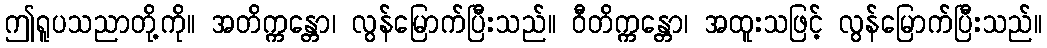
ဤရူပသညာတို့ကို။ အတိက္ကန္တော၊ လွန်မြောက်ပြီးသည်။ ဝီတိက္ကန္တော၊ အထူးသဖြင့် လွန်မြောက်ပြီးသည်။